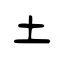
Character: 土